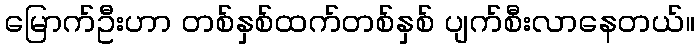
မြောက်ဦးဟာ တစ်နှစ်ထက်တစ်နှစ် ပျက်စီးလာနေတယ်။